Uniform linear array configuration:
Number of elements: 32
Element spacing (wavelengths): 0.5
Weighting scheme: kaiser
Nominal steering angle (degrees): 0
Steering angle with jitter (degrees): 1.111
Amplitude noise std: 0.05
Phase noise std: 0.05

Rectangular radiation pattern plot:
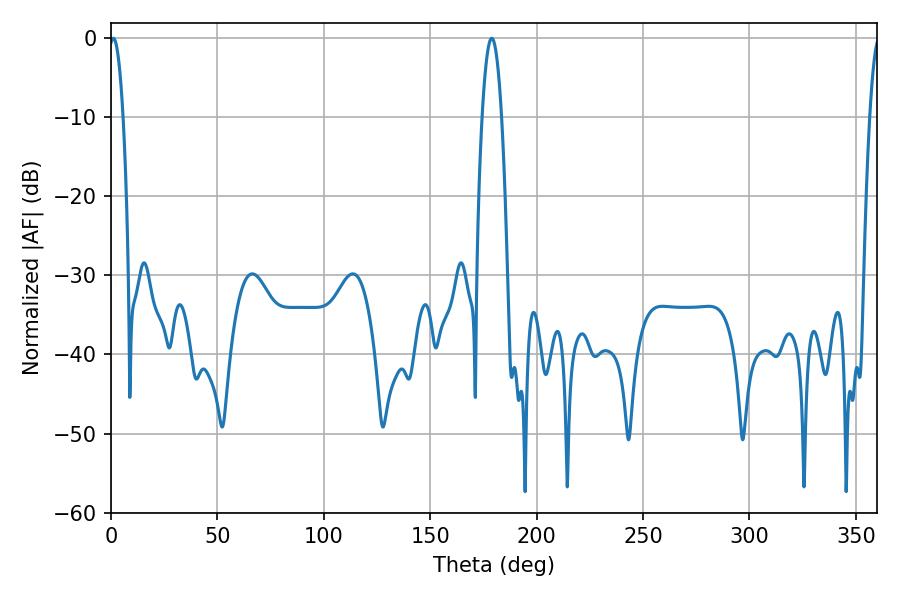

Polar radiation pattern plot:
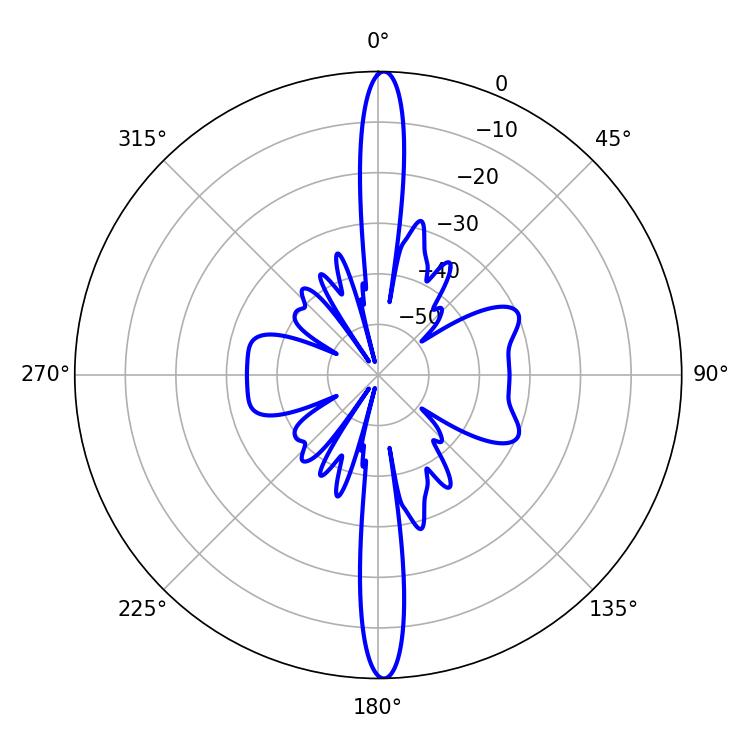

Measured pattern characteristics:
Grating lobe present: FALSE
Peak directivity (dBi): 26.981
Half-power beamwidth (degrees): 3.6
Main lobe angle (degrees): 1.08